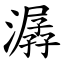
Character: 潺